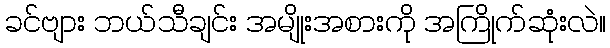
ခင်ဗျား ဘယ်သီချင်း အမျိုးအစားကို အကြိုက်ဆုံးလဲ။